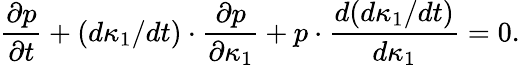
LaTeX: \frac{\partial p}{\partial t}+(d\kappa_{1}/dt)\cdot\frac{\partial p}{\partial\kappa_{1}}+p\cdot\frac{d(d\kappa_{1}/dt)}{d\kappa_{1}}=0.